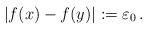
LaTeX: \begin{align*}|f(x)-f(y)|:=\varepsilon_0\,.\end{align*}